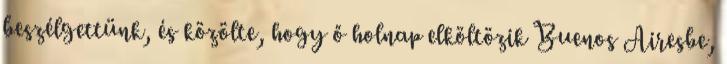
beszélgettünk, és közölte, hogy ő holnap elköltözik Buenos Airesbe,